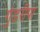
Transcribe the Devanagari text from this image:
गुंडरीपा